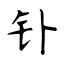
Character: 钋